Burma Government Medical School reports 1923-41
Year: 1923
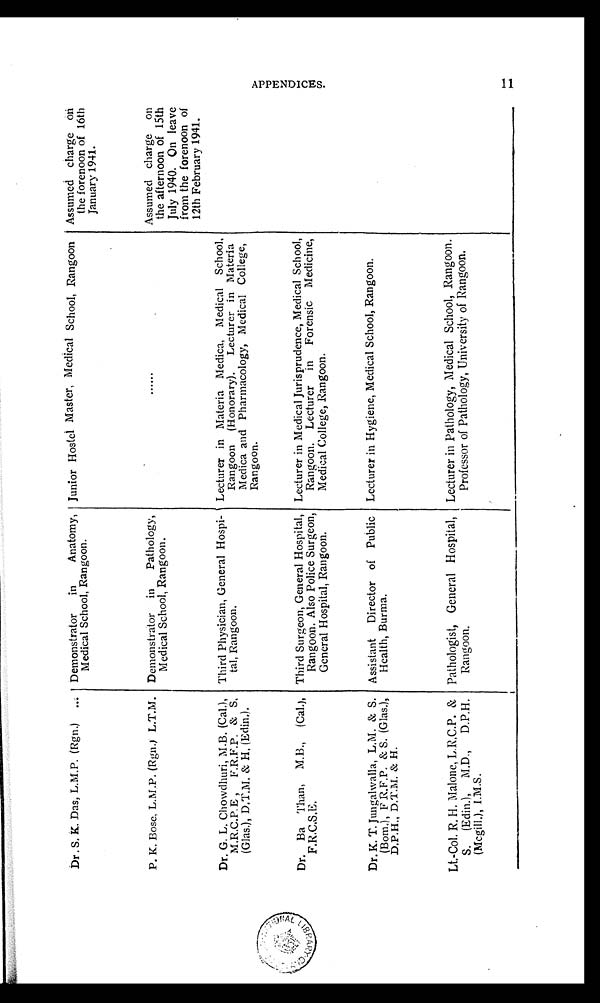
Dr. S. K. Das, L.M.P. (Rgn.)
Demonstrator in Anatomy,
Medical School, Rangoon.
Junior Hostel Master, Medical School, Rangoon Assumed charge on
the forenoon of 16th
January 1941.
P. K. Bose, L.M.P. (Rgn.) L.T.M. Demonstrator in Pathology,
Medical School, Rangoon.
. . . . . .
Assumed charge on
the afternoon of 15th
July 1940. On leave
from the forenoon of
12th February 1941.
Dr. G. L. Chowdhuri, M.B. (Cal.),
M.R.C.P.E , F.R.F.P. & S.
(Glas.), D.T.M. & H. (Edin.).
Third Physician, General Hospi-
tal, Rangoon.
Lecturer in Materia Medica, Medical School,
Rangoon (Honorary). Lecturer in Materia
Medica and Pharmacology, Medical College,
Rangoon.
Dr. Ba Than, M.B., (Cal.),
F.R.C.S.E.
Third Surgeon, General Hospital,
Rangoon. Also Police Surgeon,
General Hospital, Rangoon.
Lecturer in Medical Jurisprudence, Medical School,
Rangoon. Lecturer in Forensic Medicine,
Medical College, Rangoon.
Dr. K. T. Jungalwalla, L.M. & S.
(Bom.), F R.F.P. & S. (Glas.),
D.P.H., D.T.M. & H.
Assistant Director of Public
Health, Burma.
Lecturer in Hygiene, Medical School, Rangoon.
Lt.-Col. R. H. Malone, L.R.C.P. &
S. (Edin.), M.D., D.P.H.
(Mcgill.), I.M.S.
Pathologist, General Hospital,
Rangoon.
Lecturer in Pathology, Medical School, Rangoon.
Professor of Pathology, University of Rangoon.
APPENDICES.
11